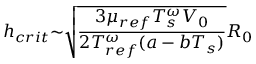
h _ { c r i t } { \sim } \sqrt { \frac { 3 { \mu } _ { r e f } T _ { s } ^ { \omega } V _ { 0 } } { 2 { T _ { r e f } ^ { \omega } } ( a - b T _ { s } ) } } R _ { 0 }